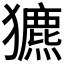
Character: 𤣄